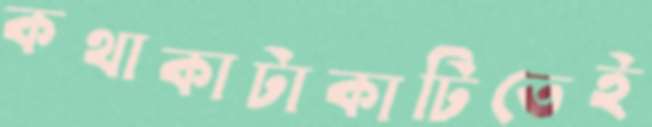
কথাকাটাকাটিতেই